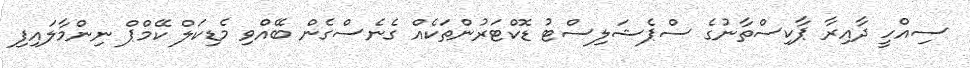
ސިއްހީ ދާއިރާ ޕާކިސްތާނުގެ ސްޕެޝަލިސްޓު ޑޮކްޓަރުންތަކެއް ގެނެސްގެން ބޭއްވި މެޑިކަލް ކޭމްޕް ނިންމާލައިފި